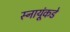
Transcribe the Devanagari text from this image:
स्नायूंकडे